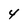
Character: 4